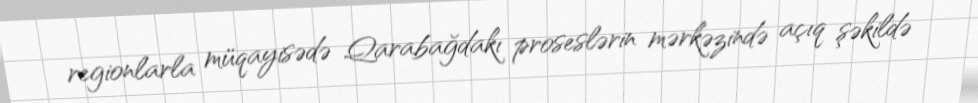
regionlarla müqayisədə Qarabağdakı proseslərin mərkəzində açıq şəkildə